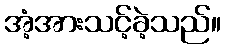
အံ့အားသင့်ခဲ့သည်။